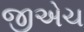
જીએચ